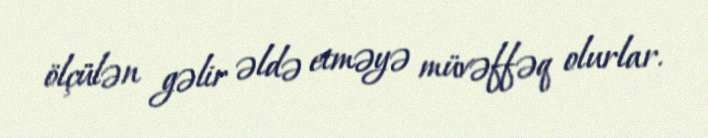
ölçülən gəlir əldə etməyə müvəffəq olurlar.